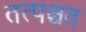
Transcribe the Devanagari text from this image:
तत्पश्चत